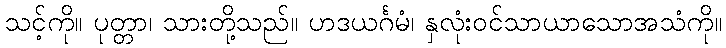
သင့်ကို။ ပုတ္တာ၊ သားတို့သည်။ ဟဒယင်္ဂမံ၊ နှလုံးဝင်သာယာသောအသံကို။